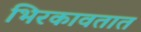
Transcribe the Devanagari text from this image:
भिरकावतात